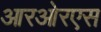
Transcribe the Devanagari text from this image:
आरओरएस